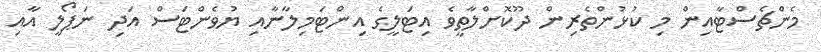
މެންޗެސްޓާއިން މި ކުޅުންތެރިން ދޫކޮށްލާތީވެ އިޓަލީގެ އިންޓަމިލާނާއި ޔުވެންޓަސް އަދި ނަޕޯލީ އާއި